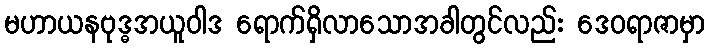
မဟာယနဗုဒ္ဓအယူဝါဒ ရောက်ရှိလာသောအခါတွင်လည်း ဒေဝရာဇာမှာ